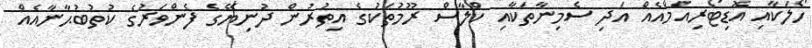
ހޯލަކާއި އޮޑިޓޯރިއަމްއެއް އަދި ސެމިނާތަކާއި ކްލާސް ރޫމުތަކުގެ އިތުރުން ދުނިޔޭގެ ފެންވަރުގެ ކުތުބުޙާނާއެއް